system: You are a helpful assistant.
user:
Analyze the provided spectrum to determine if it is a **M-type Giant (gM)**.

A M-type Giant spectrum is defined by its **strong molecular absorption** features, particularly from **Titanium Oxide (TiO)**. You must check for one of the following mutually exclusive signatures:

- **Key Visual Indicators (Absorption-Dominated Spectrum):**

    - **(Primary):** The spectrum is dominated by strong molecular absorption from **Titanium Oxide (TiO)**. This is the **defining feature** of its M-type temperature class.
        - **(Key Bandheads):** Look for sharp, "saw-tooth" absorption valleys. The strongest are located near **~7050 Å**, **~6160 Å**, and **~5170 Å**.
        - **(Line Profile):** The "saw-tooth" morphology is critical: a **sharp, steep drop on the BLUE (short-wavelength) side** of the bandhead, followed by a gradual recovery (rising flux) towards the RED (long-wavelength) side.

    - **(Key Confirmation - Giant vs. Dwarf):** **ABSENCE** of strong **Calcium Hydride (CaH)** molecular bands. This is the primary diagnostic for *excluding* M-dwarfs.
        - **(Key Region):** The spectrum should lack the strong, broad absorption band seen in dwarfs between **~6800 Å and ~7000 Å**.

    - **(Secondary Confirmation - Giant):** A very strong and broad **Neutral Calcium (Ca I)** atomic absorption line.
        - **(Key Line):** Located at **~4226 Å**. In a giant (gM), this line is significantly deeper and broader than the same line in an M-dwarf (dM) due to low surface gravity.

    - **(Overall Spectrum):**
        - The continuum is **extremely red-sloping** (i.e., flux is very low in the blue and rises dramatically towards the red).
        - The entire spectrum appears "chopped up" by the deep TiO bands.

Think first, call **spectral_visualization_tool** if needed to examine features in detail, then provide your final answer. Your response must adhere to the following strict rules:
1.  **Overall Structure:** Your response must follow the format `<think>...</think> <tool_call>...</tool_call> (if a tool is used) <answer>...</answer>`.
2.  **Tool Usage Constraint:** You may only make **one** tool call per turn.
3.  **Final Answer Format:** In the `<answer>` tag, your conclusion must be inside a `\boxed{}` command (e.g., `\boxed{YES}` or `\boxed{NO}`), followed by your justification.

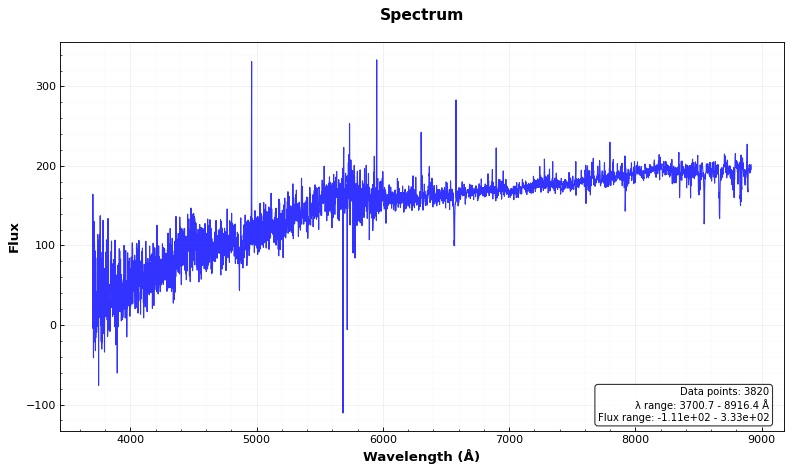
Answer: NO